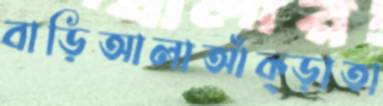
বাড়িআলাআঁক্‌ড়াতা